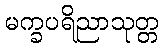
မက္ခပရိညာသုတ္တ